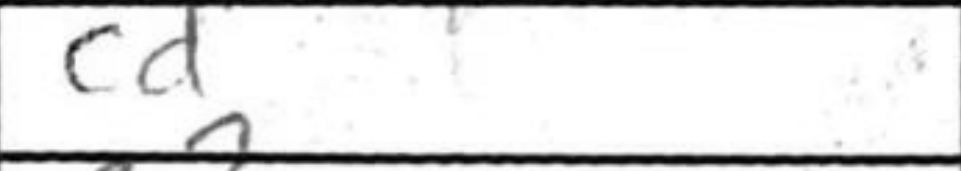
Transcription: cd